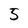
Character: 5